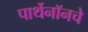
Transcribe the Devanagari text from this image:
पार्थेनॉनचे